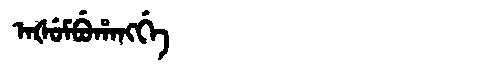
Manchu: ᠠᡧᡠᠮᠪᡠᡥᠠᠩᡤᡝ
Romanization: AŠUMBUHANGGE